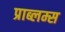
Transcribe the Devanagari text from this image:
प्राब्लम्स